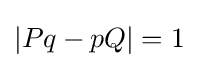
|Pq-pQ|=1